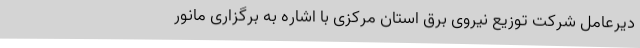
دیرعامل شرکت توزیع نیروی برق استان مرکزی با اشاره به برگزاری مانور